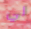
لي